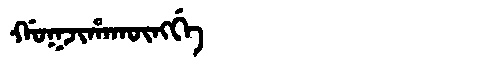
Manchu: ᡤᠣᡴᠵᡳᡥᠠᡴᡡᠩᡤᡝ
Romanization: GOKJIHAKŪNGGE